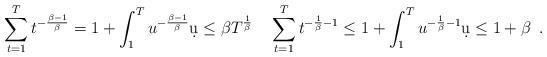
LaTeX: \begin{align*} \sum_{t=1}^{T}t^{-\frac{\beta-1}{\beta}} =1+\int_{1}^{T}u^{-\frac{\beta-1}{\beta}}\d u \leq \beta T^{\frac{1}{\beta}}\quad \sum_{t=1}^{T}t^{-\frac{1}{\beta}-1}\leq 1+\int_{1}^{T}u^{-\frac{1}{\beta}-1}\d u \leq 1+\beta\enspace.\end{align*}